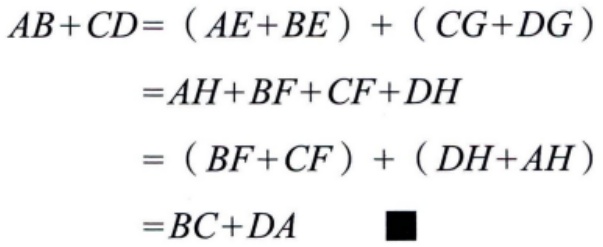
\[
\begin{align*}
AB + CD&=(AE + BE)+(CG + DG)\\
&=AH + BF+CF + DH\\
&=(BF + CF)+(DH + AH)\\
&=BC + DA\quad\blacksquare
\end{align*}
\]